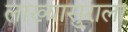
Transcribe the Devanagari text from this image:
लाख्यासुराला